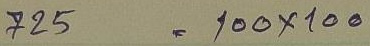
725 = 100 x 100